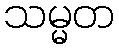
သမ္မတ